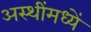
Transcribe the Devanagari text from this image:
अस्थींमध्यें